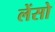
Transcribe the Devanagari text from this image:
लेंसो